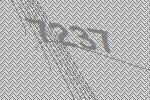
7237